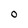
Character: O